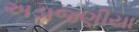
અડાજણીયા